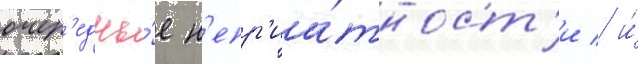
очер'едны́е н'епр'иа́тност'и / и́